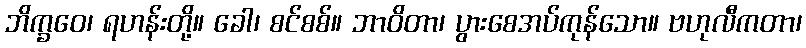
ဘိက္ခဝေ၊ ရဟန်းတို့။ ခေါ၊ စင်စစ်။ ဘာဝိတာ၊ ပွားစေအပ်ကုန်သော။ ဗဟုလီကတာ၊